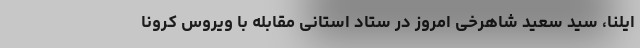
ایلنا، سید سعید شاهرخی امروز در ستاد استانی مقابله با ویروس کرونا